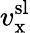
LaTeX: v_{\mathrm{x}}^{\mathrm{sl}}